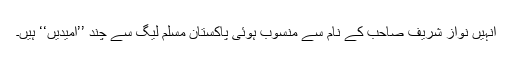
انہیں نواز شریف صاحب کے نام سے منسوب ہوئی پاکستان مسلم لیگ سے چند ’’امیدیں‘‘ ہیں۔